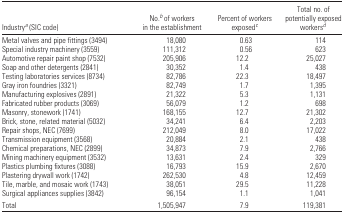
| Industrya (SIC code) | No.b of workers in the establishment | Percent of workers exposedc | Total no. of potentially exposed workersd |
 | --- | --- | --- | --- |
 | Metal valves and pipe fittings (3494) | 18,080 | 0.63 | 114 |
 | Special industry machinery (3559) | 111,312 | 0.56 | 623 |
 | Automotive repair paint shop (7532) | 205,906 | 12.2 | 25,027 |
 | Soap and other detergents (2841) | 30,352 | 1.4 | 438 |
 | Testing laboratories services (8734) | 82,786 | 22.3 | 18,497 |
 | Gray iron foundries (3321) | 82,749 | 1.7 | 1,395 |
 | Manufacturing explosives (2891) | 21,322 | 5.3 | 1,131 |
 | Fabricated rubber products (3069) | 56,079 | 1.2 | 698 |
 | Masonry, stonework (1741) | 168,155 | 12.7 | 21,302 |
 | Brick, stone, related material (5032) | 34,241 | 6.4 | 2,203 |
 | Repair shops, NEC (7699) | 212,049 | 8.0 | 17,022 |
 | Transmission equipment (3568) | 20,884 | 2.1 | 438 |
 | Chemical preparations, NEC (2899) | 34,873 | 7.9 | 2,766 |
 | Mining machinery equipment (3532) | 13,631 | 2.4 | 329 |
 | Plastics plumbing fixtures (3088) | 16,793 | 15.9 | 2,670 |
 | Plastering drywall work (1742) | 262,530 | 4.8 | 12,459 |
 | Tile, marble, and mosaic work (1743) | 38,051 | 29.5 | 11,228 |
 | Surgical appliances supplies (3842) | 96,154 | 1.1 | 1,041 |
 | Total | 1,505,947 | 7.9 | 119,381 |